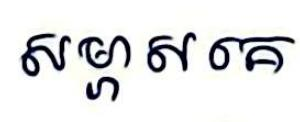
សម្ភាសគេ